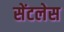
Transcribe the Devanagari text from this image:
सेंटलेस